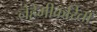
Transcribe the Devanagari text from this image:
नेहेमीकरिता